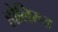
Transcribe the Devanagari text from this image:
होलिरूड